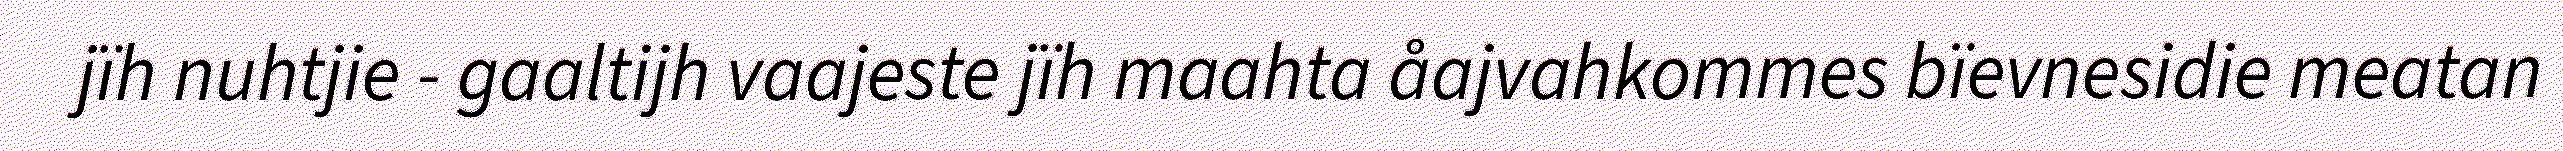
jïh nuhtjie - gaaltijh vaajeste jïh maahta åajvahkommes bïevnesidie meatan